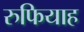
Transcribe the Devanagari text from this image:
रुफियाह